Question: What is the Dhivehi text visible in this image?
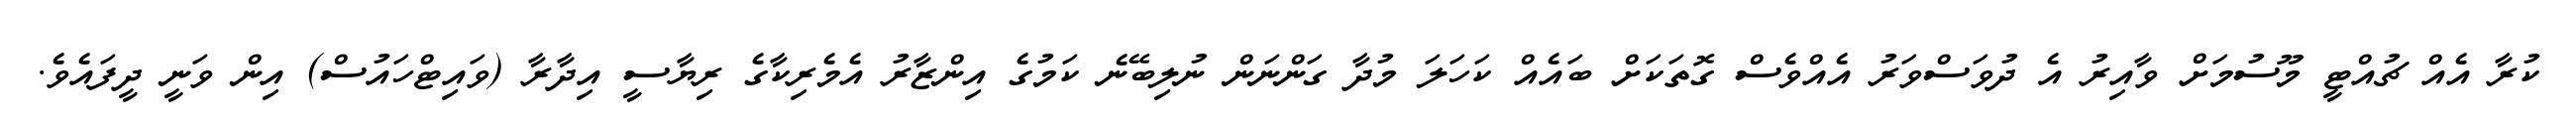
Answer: ކުރާ އެއް ޗުއްޓީ މޫސުމަށް ވާއިރު އެ ދުވަސްވަރު އެއްވެސް ގޮތަކަށް ބައެއް ކަހަލަ މުދާ ގަންނަން ނުލިބޭނެ ކަމުގެ އިންޒާރު އެމެރިކާގެ ރިޔާސީ އިދާރާ (ވައިޓްހައުސް) އިން ވަނީ ދީފައެވެ.